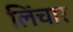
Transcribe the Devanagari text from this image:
लिंचार